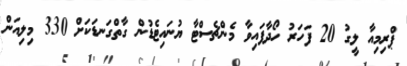
ޕްރިމިއާ ލީގުު 20 ފަހަރު ހޯދާފައިވާ މެންޗެސްޓާ ޔުނައިޓެޑުން ގާތްގަނޑަކަށް 330 މިލިއަން